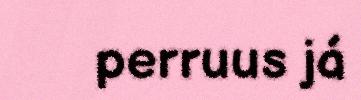
perruus já